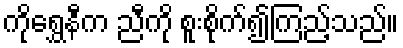
ကိုရွှေနီက ညီကို စူးစိုက်၍ကြည့်သည်။